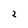
Character: 2